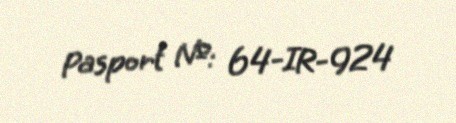
Pasport №: 64-IR-924